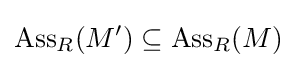
\mathrm {Ass} _{R}(M')\subseteq \mathrm {Ass} _{R}(M)